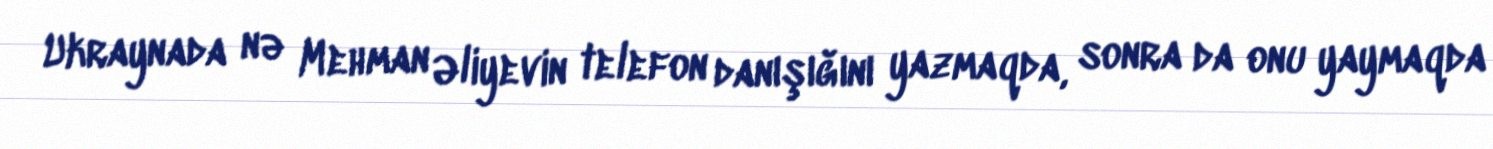
Ukraynada nə Mehman Əliyevin telefon danışığını yazmaqda, sonra da onu yaymaqda